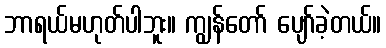
ဘာရယ်မဟုတ်ပါဘူး။ ကျွန်တော် ပျော်ခဲ့တယ်။